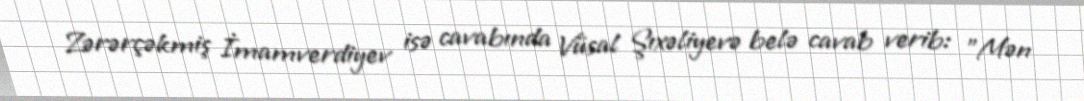
Zərərçəkmiş İmamverdiyev isə cavabında Vüsal Şıxəliyevə belə cavab verib: "Mən